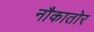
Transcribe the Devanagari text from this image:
नौकातोर